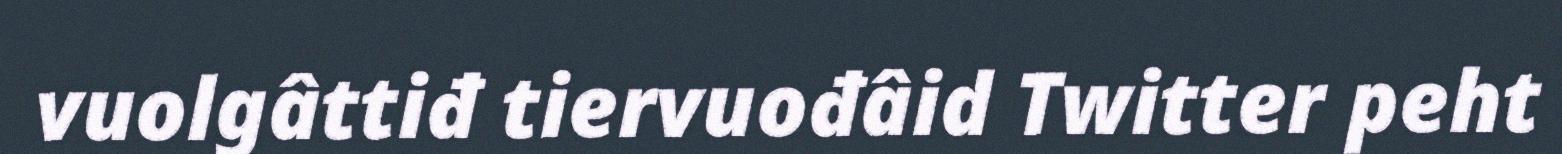
vuolgâttiđ tiervuođâid Twitter peht